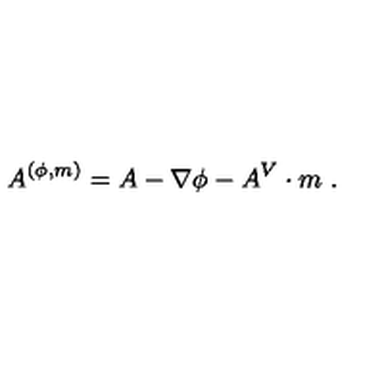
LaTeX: A ^ { ( \phi , m ) } = A - \nabla \phi - A ^ { V } \cdot m \ .